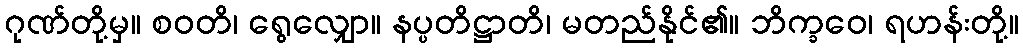
ဂုဏ်တို့မှ။ စဝတိ၊ ရွေလျှော။ နပ္ပတိဋ္ဌာတိ၊ မတည်နိုင်၏။ ဘိက္ခဝေ၊ ရဟန်းတို့။